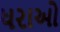
ધરાઓ